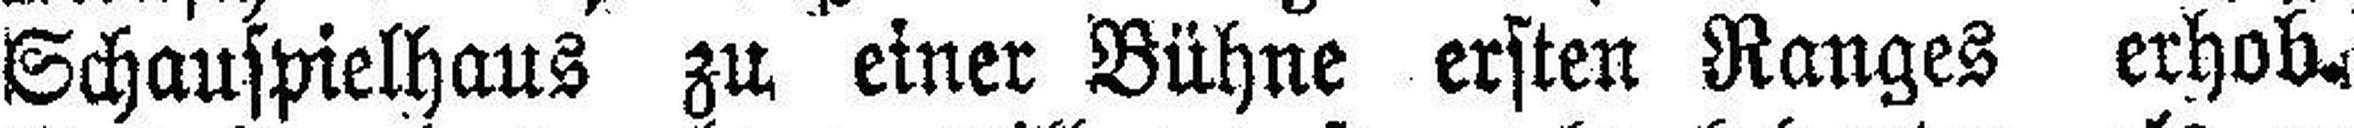
Schauspielhaus zu einer Bühne ersten Ranges erhob.